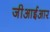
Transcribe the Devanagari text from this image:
जीआईआर